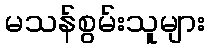
မသန်စွမ်းသူများ